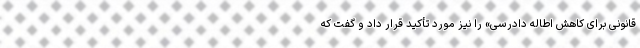
قانونی برای کاهش اطاله دادرسی» را نیز مورد تأکید قرار داد و گفت که